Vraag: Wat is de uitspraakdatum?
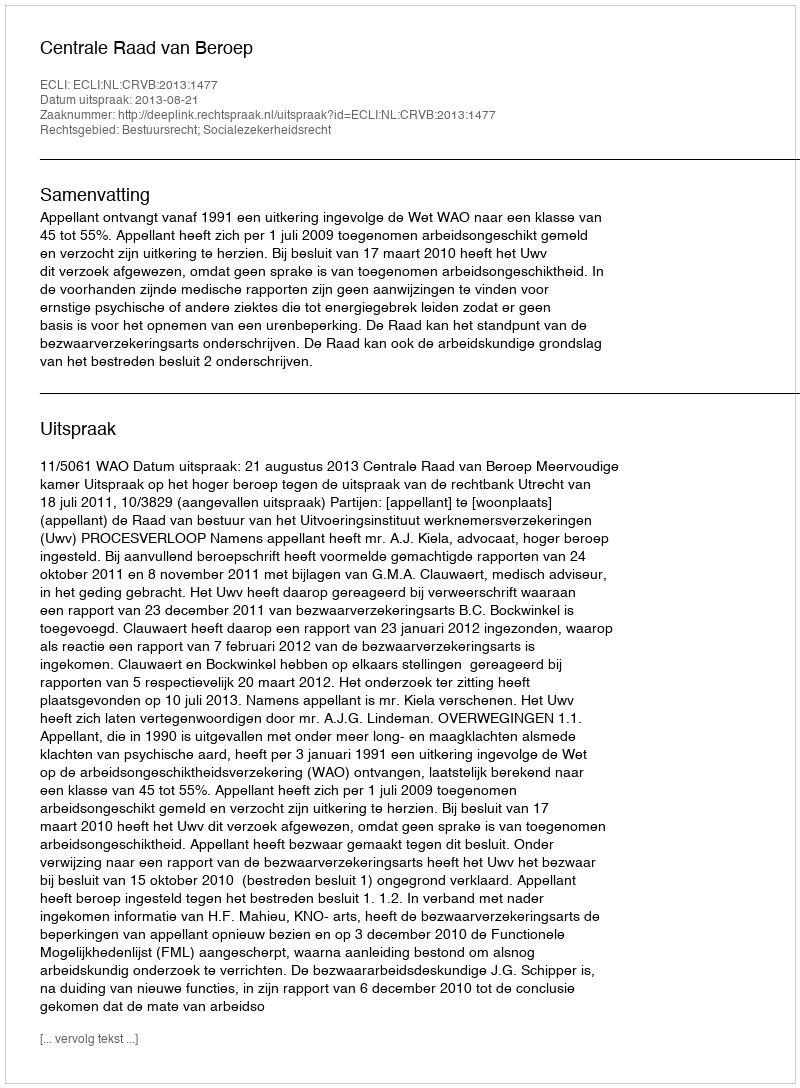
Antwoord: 2013-08-21